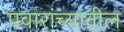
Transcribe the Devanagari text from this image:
पवारांच्यातील